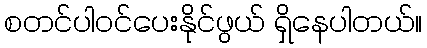
စတင်ပါဝင်ပေးနိုင်ဖွယ် ရှိနေပါတယ်။